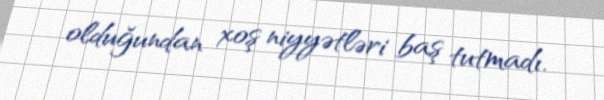
olduğundan xoş niyyətləri baş tutmadı.